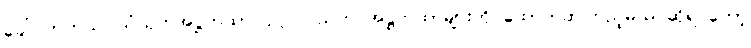
ခေါ်ကြတယ်၊ သံယုတ်အဋ္ဌကထာ ပုဂ္ဂလပညတ် အဋ္ဌကထာများကို ထောက်ဆကြည့်မယ် ဆိုရင်တော့